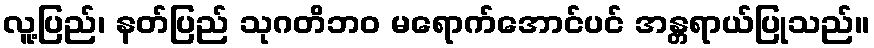
လူ့ပြည်၊ နတ်ပြည် သုဂတိဘဝ မရောက်အောင်ပင် အန္တရာယ်ပြုသည်။